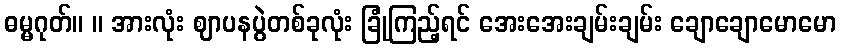
ဓမ္မဂုတ်။ ။ အားလုံး ဈာပနပွဲတစ်ခုလုံး ခြုံကြည့်ရင် အေးအေးချမ်းချမ်း ချောချောမောမော